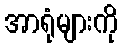
အာရုံများကို